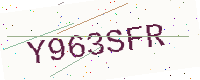
Text: Y963SFR